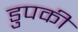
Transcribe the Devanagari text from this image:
डुपकी